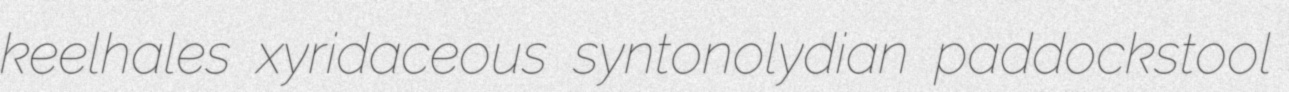
keelhales xyridaceous syntonolydian paddockstool